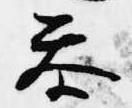
参